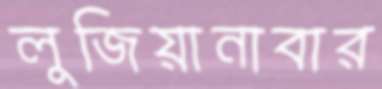
লুজিয়ানাবার